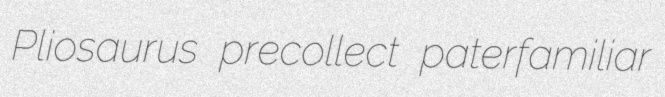
Pliosaurus precollect paterfamiliar